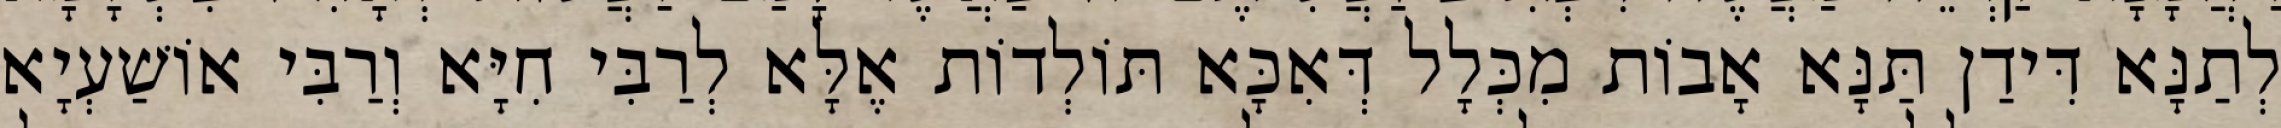
לְתַנָּא דִּידַן תַּנָּא אָבוֹת מִכְּלָל דְּאִכָּא תּוֹלְדוֹת אֶלָּא לְרַבִּי חִיָּא וְרַבִּי אוֹשַׁעְיָא